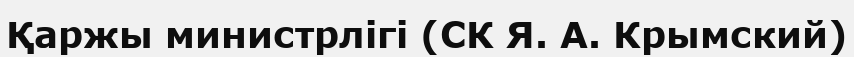
Қаржы министрлігі (СК Я. А. Крымский)